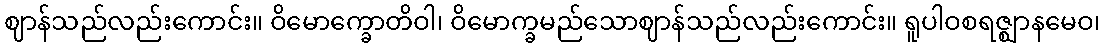
ဈာန်သည်လည်းကောင်း။ ဝိမောက္ခောတိဝါ၊ ဝိမောက္ခမည်သောဈာန်သည်လည်းကောင်း။ ရူပါဝစရဇ္ဈာနမေဝ၊